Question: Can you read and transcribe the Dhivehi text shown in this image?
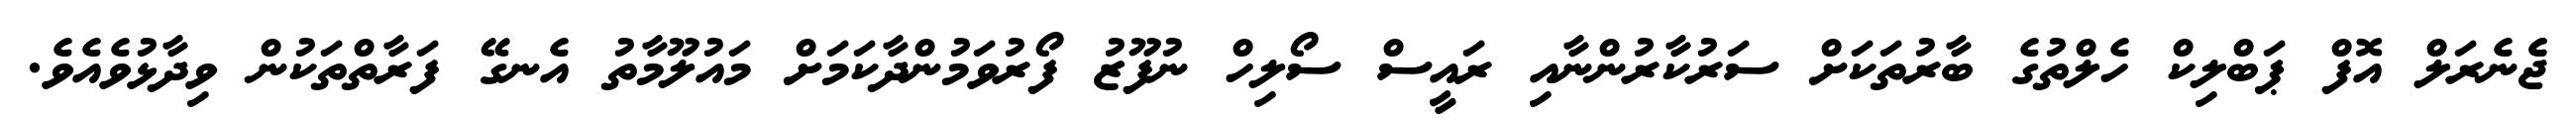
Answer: ޖެެނެރަލް އޮފް ޕަބްލިކް ހެލްތުގެ ބާރުތަކަށް ސަރުކާރުންނާއި ރައީސް ސޯލިހް ނުފޫޒު ފޯރުވަމުންދާކަމަށް މައުލޫމާތު އެނގޭ ފަރާތްތަކުން ވިދާޅުވެއެވެ.